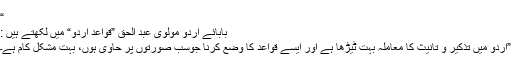
“
بابائے اردو مولوی عبد الحق ”قواعدِ اردو“ میں لکھتے ہیں :
”اردو میں تذکیر و تانیث کا معاملہ بہت ٹیڑھا ہے اور ایسے قواعد کا وضع کرنا جوسب صورتوں پر حاوی ہوں، بہت مشکل کام ہے۔